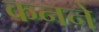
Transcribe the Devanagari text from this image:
कनने